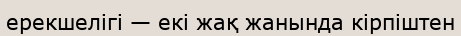
ерекшелігі — екі жақ жанында кірпіштен